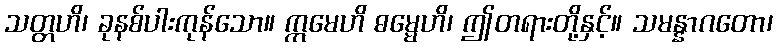
သတ္တဟိ၊ ခုနစ်ပါးကုန်သော။ ဣမေဟိ ဓမ္မေဟိ၊ ဤတရားတို့နှင့်။ သမန္နာဂတော၊